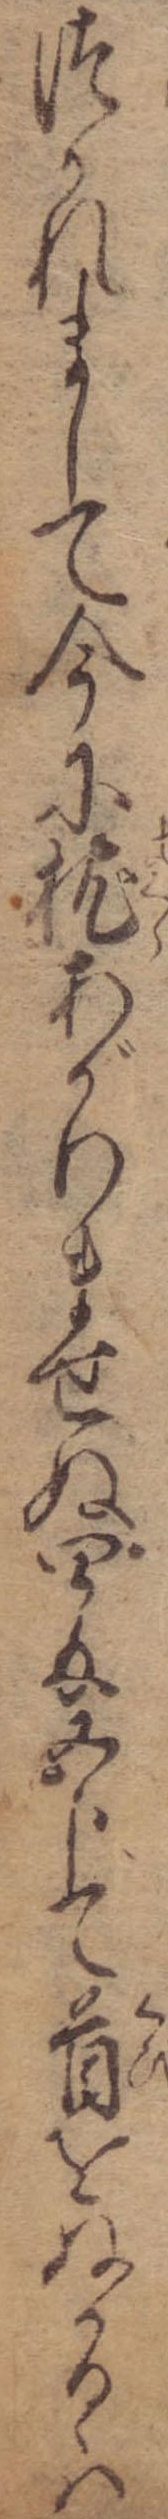
つかれまして今に枕あがりませぬ四匁五分て首をぬかるゝは